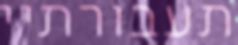
תעבורתיי